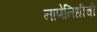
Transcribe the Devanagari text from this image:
नाणेनिधीची